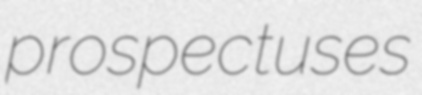
prospectuses